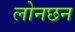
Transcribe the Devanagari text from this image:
लोनछन